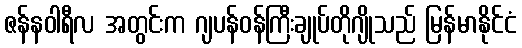
ဇန်နဝါရီလ အတွင်းက ဂျပန်ဝန်ကြီးချုပ်တိုဂျိုသည် မြန်မာနိုင်ငံ